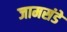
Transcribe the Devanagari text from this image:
जामसंडे